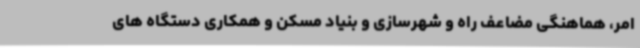
امر، هماهنگی مضاعف راه و شهرسازی و بنیاد مسکن و همکاری دستگاه های